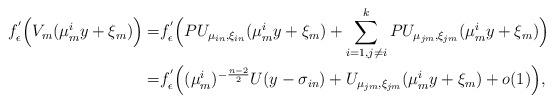
LaTeX: \begin{align*} f_\epsilon^{'}\Big(V_m(\mu_m^iy+\xi_m)\Big) = & f_\epsilon^{'}\Big( PU_{ \mu_{in},\xi_{in}}(\mu_m^iy+\xi_m)+ \sum\limits_{i=1, j\neq i}^kPU_{ \mu_{jm},\xi_{jm}}(\mu_m^iy+\xi_m)\Big) \\ = & f_\epsilon^{'}\Big((\mu_m^{i})^{-\frac{n-2}{2}} U (y-\sigma_{in})+ U_{ \mu_{jm},\xi_{jm}}(\mu_m^iy+\xi_m)+o(1)\Big),\end{align*}